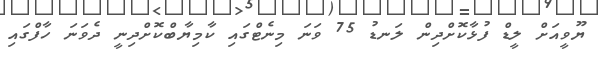
ޔޫވީއަށް ލީޑް ފުޅާކޮށްދިން ލަނޑު 75 ވަނަ މިނެޓްގައި ކާމިޔާބްކޮށްދިނީ ދެވަނަ ހާފްގައި